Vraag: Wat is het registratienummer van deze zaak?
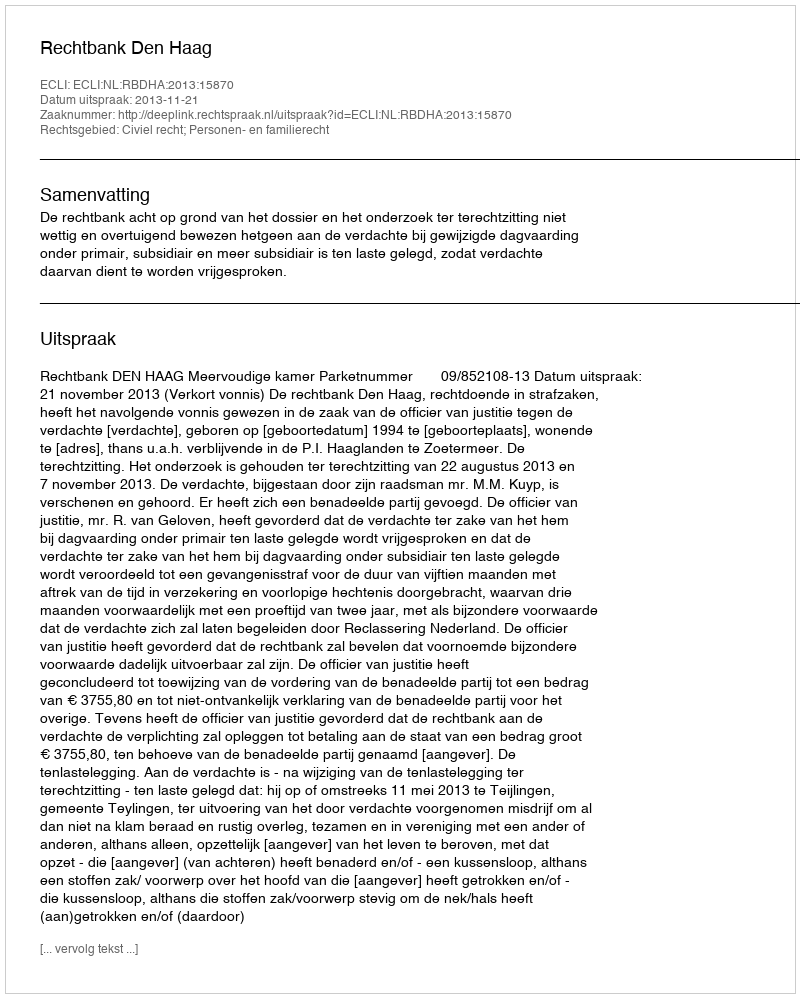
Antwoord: http://deeplink.rechtspraak.nl/uitspraak?id=ECLI:NL:RBDHA:2013:15870